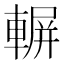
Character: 𨍍